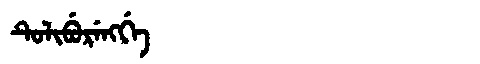
Manchu: ᡨᡠᠯᡳᠪᡠᡵᡝᠩᡤᡝ
Romanization: TULIBURENGGE